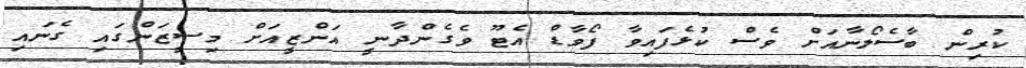
ކުރިން ބާސެލޯނާއަށް ވެސް ކުޅެފައިވާ ފޯވާޑް އެޓޫ ވެގެންދާނީ އަންޒީއަށް މިސީޒަންގައި ގެނައި